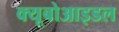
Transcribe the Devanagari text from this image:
क्यूबोआइडल